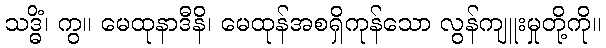
သဒ္ဓိံ၊ ကွ။ မေထုနာဒီနိ၊ မေထုန်အစရှိကုန်သော လွန်ကျူးမှုတို့ကို။